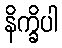
နိက္ခိပါ